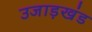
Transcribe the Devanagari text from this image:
उजाड़खंड